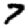
Digit: 7